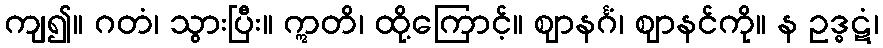
ကျ၍။ ဂတံ၊ သွားပြီး။ ဣတိ၊ ထို့ကြောင့်။ ဈာနင်္ဂံ၊ ဈာနင်ကို။ န ဥဒ္ဓဋံ၊